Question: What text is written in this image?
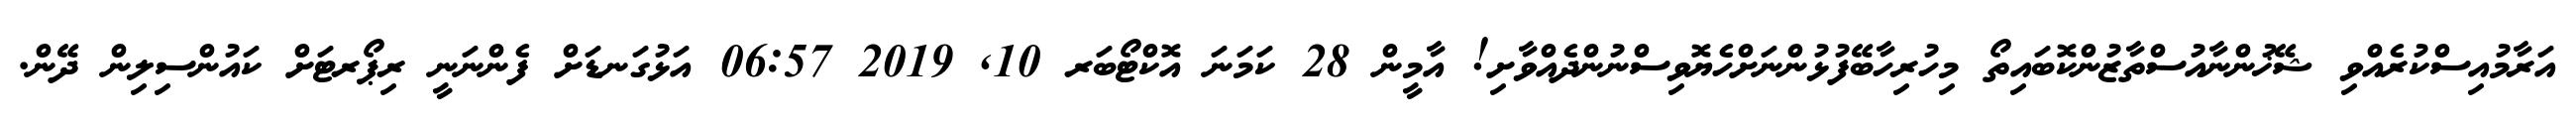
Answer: އަރާމުއިސްކުރެއްވި ޝޭޚުންނާއުސްތާޒުންކޮބައިތޯ މިހުރިހާބޭފުޅުންނަށްހެޔޮވިސްނުންދެއްވާށި! އާމީން 28 ކަމަނަ އޮކްޓޯބަރ 10, 2019 06:57 އަޅުގަނޑަށް ފެންނަނީ ރިޕޯރޓަށް ކައުންސިލިން ދޭން.